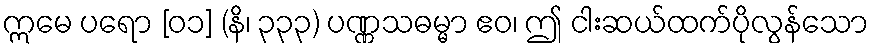
ဣမေ ပရော [၀၁] (နိ၊ ၃၃၃) ပဏ္ဏသဓမ္မာ ဧဝ၊ ဤ ငါးဆယ်ထက်ပိုလွန်သော